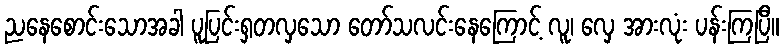
ညနေစောင်းသောအခါ ပူပြင်းရှတလှသော တော်သလင်းနေကြောင့် လူ၊ လှေ အားလုံး ပန်းကြပြီ။